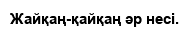
Жайқаң-қайқаң әр несі.